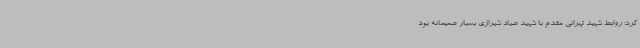
کرد: روابط شهید تهرانی مقدم با شهید صیاد شیرازی بسیار صمیمانه بود